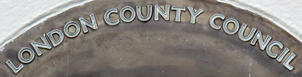
LONDON COUNTY COUNCIL